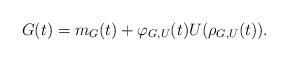
LaTeX: \begin{align*}G(t)=m_G(t)+\varphi_{G,U}(t)U(\rho_{G,U}(t)).\end{align*}